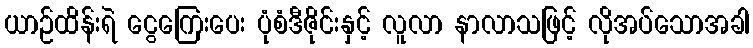
ယာဉ်ထိန်းရဲ ငွေကြေးပေး ပုံစံဒီဇိုင်းနှင့် လူလာ နာလာသဖြင့် လိုအပ်သောအခါ